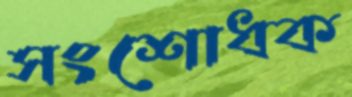
সংশোধক